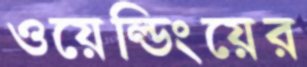
ওয়েল্ডিংয়ের